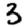
Digit: 3